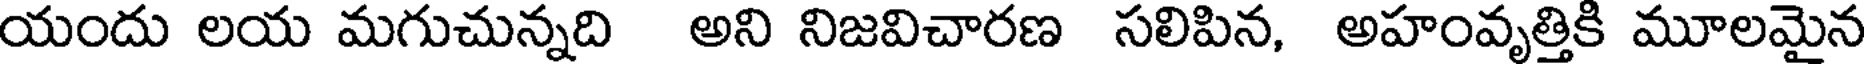
యందు లయ మగుచున్నది అని నిజవిచారణ సలిపిన, అహంవృత్తికి మూలమైన